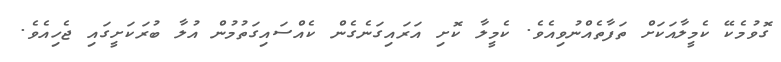
ގޮވުމެކޭ ކެމީލާއަކަށް ތަފާތެއްނުވިއެވެ. ކެމީލާ ކޮށި އަރައިގަނެގެން ކެއްސައިގަތުމުން އުލާ ބުރަކަށީގައި ޖެހިއެވެ.